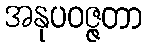
အနုပဝဇ္ဇတာ